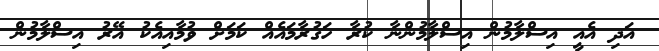
އަދި އެއީ އިސްލާމުން އިސްލާމުންނާ ކުރާ ހަގުރާމައެއް ކަމަށް ވުމާއިއެކު އޭރު އިސްލާމުން